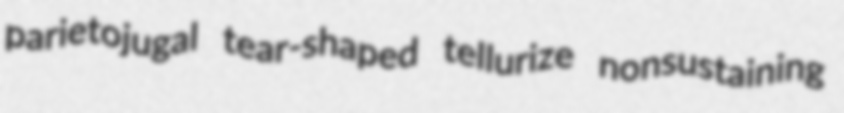
parietojugal tear-shaped tellurize nonsustaining